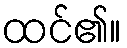
ထင်၏။